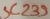
Text: SC239